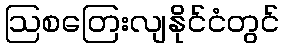
ဩစတြေးလျနိုင်ငံတွင်